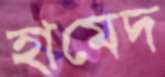
হামেদ